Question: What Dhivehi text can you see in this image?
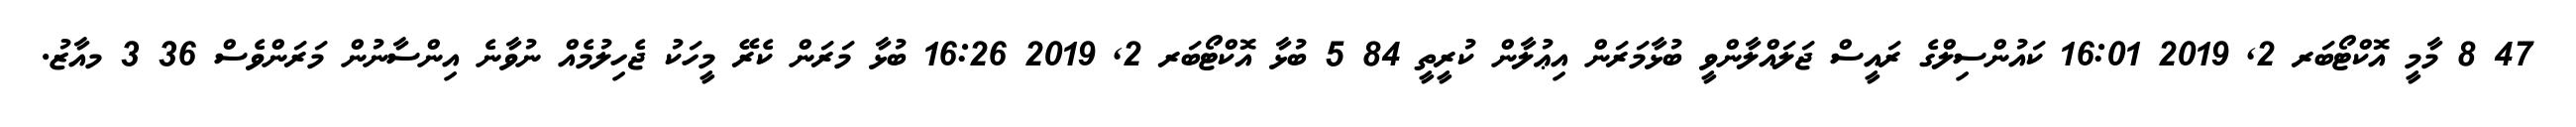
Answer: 47 8 މާމީ އޮކްޓޯބަރ 2, 2019 16:01 ކައުންސިލްގެ ރައީސް ޖަލައްލާންވީ ބުޅާމަރަން އިޢުލާން ކުރީތީ 84 5 ބުޅާ އޮކްޓޯބަރ 2, 2019 16:26 ބުޅާ މަރަން ކެރޭ މީހަކު ޖެހިލުމެއް ނުވާނެ އިންސާނުން މަރަންވެސް 36 3 މއާޒު.